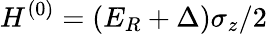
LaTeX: H^{(0)}=(E_{R}+\Delta)\sigma_{z}/2